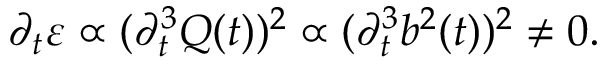
\begin{array} { r } { \partial _ { t } \varepsilon \propto ( \partial _ { t } ^ { 3 } Q ( t ) ) ^ { 2 } \propto ( \partial _ { t } ^ { 3 } b ^ { 2 } ( t ) ) ^ { 2 } \neq 0 . } \end{array}